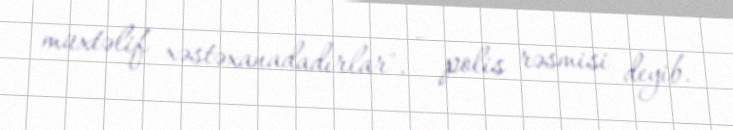
müxtəlif xəstəxanadadırlar", - polis rəsmisi deyib.